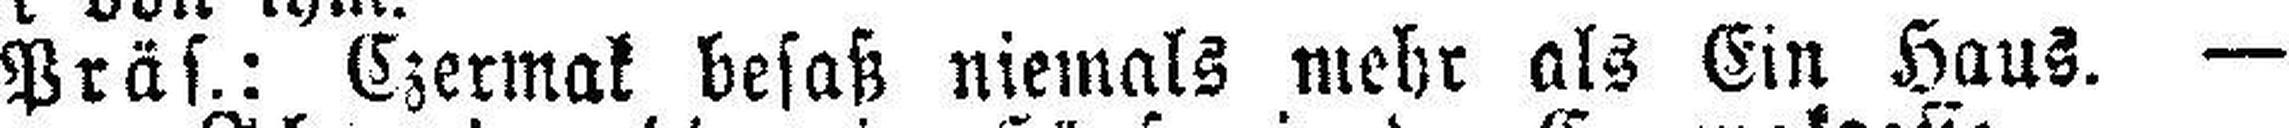
Präs.: Czermak besaß niemals mehr als Ein Haus. —